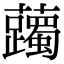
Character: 䕽